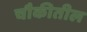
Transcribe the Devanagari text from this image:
चौकीतील